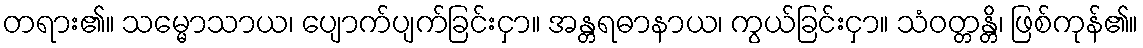
တရား၏။ သမ္မောသာယ၊ ပျောက်ပျက်ခြင်းငှာ။ အန္တရဓာနာယ၊ ကွယ်ခြင်းငှာ။ သံဝတ္တန္တိ၊ ဖြစ်ကုန်၏။